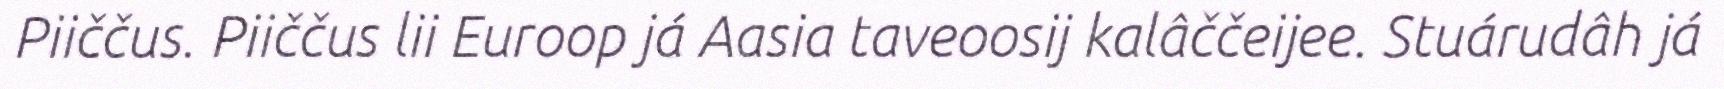
Piiččus. Piiččus lii Euroop já Aasia taveoosij kalâččeijee. Stuárudâh já